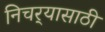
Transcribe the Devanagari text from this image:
निचर्‍यासाठी